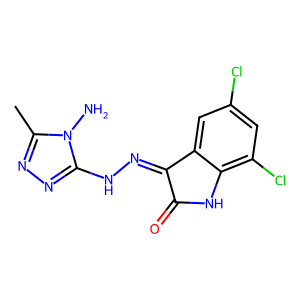
SMILES: Cc1nnc(NN=C2C(=O)Nc3c(Cl)cc(Cl)cc32)n1N
Inhibits HIV replication: No